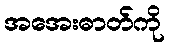
အအေးဓာတ်ကို